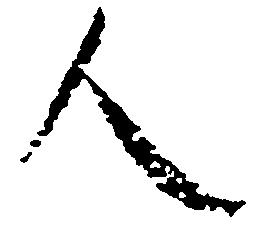
人